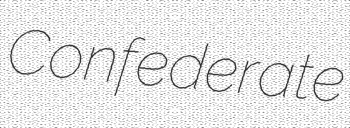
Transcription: Confederate